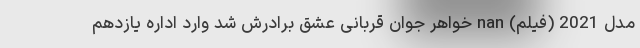
مدل 2021 (فیلم) nan خواهر جوان قربانی عشق برادرش شد وارد اداره یازدهم